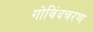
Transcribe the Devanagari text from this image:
गोविंदचरण